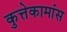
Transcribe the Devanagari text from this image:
कुत्तेकामांस